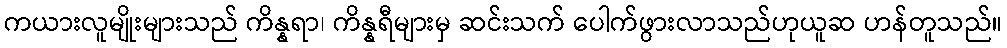
ကယားလူမျိုးများသည် ကိန္နရာ၊ ကိန္နရီများမှ ဆင်းသက် ပေါက်ဖွားလာသည်ဟုယူဆ ဟန်တူသည်။